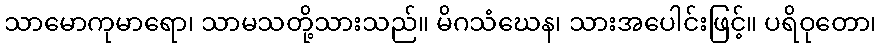
သာမောကုမာရော၊ သာမသတို့သားသည်။ မိဂသံဃေန၊ သားအပေါင်းဖြင့်။ ပရိဝုတော၊